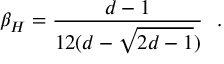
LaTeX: \beta _ { H } = { \frac { d - 1 } { 1 2 ( d - \sqrt { 2 d - 1 } ) } } ~ ~ .